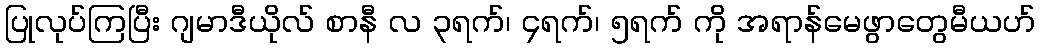
ပြုလုပ်ကြပြီး ဂျမာဒီယိုလ် စာနီ လ ၃ရက်၊ ၄ရက်၊ ၅ရက် ကို အရာန်မေဖွာတွေမီယဟ်